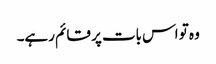
وہ تو اس بات پر قائم رہے۔